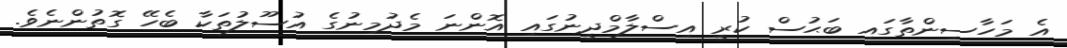
އެ މަހާސިންތާގައި ބަޙުސް ކުރީ އިސްލާމްދީނުގައި އޮންނަ މެދުމިނުގެ އުސޫލުތަކާ ބެހޭ ގޮތުންނެވެ.